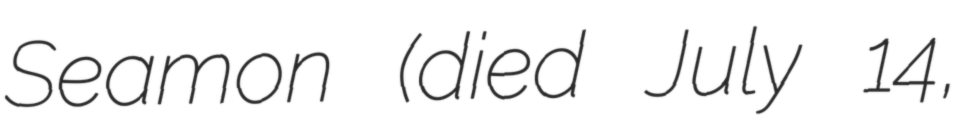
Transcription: Seamon (died July 14,